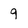
Character: 9